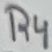
Text: R4